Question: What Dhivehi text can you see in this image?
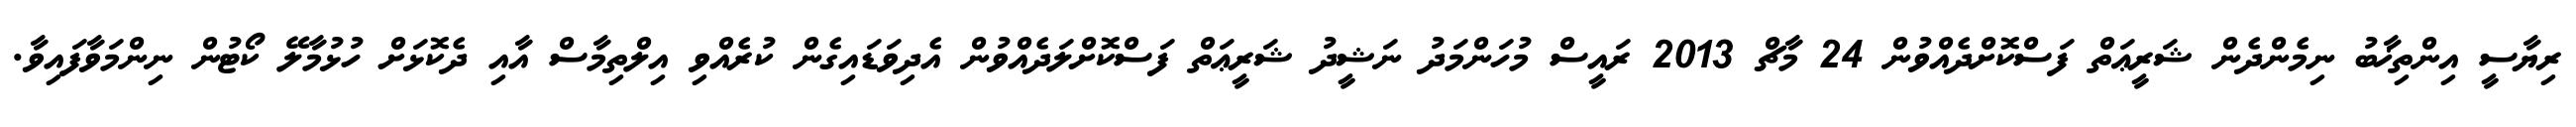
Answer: ރިޔާސީ އިންތިޚާބު ނިމެންދެން ޝަރީޢަތް ފަސްކޮށްދެއްވުން 24 މާޗް 2013 ރައީސް މުހަންމަދު ނަޝީދު ޝަރީޢަތް ފަސްކޮށްލަދެއްވުން އެދިވަޑައިގެން ކުރެއްވި އިލްތިމާސް އާއި ދެކޮޅަށް ހުޅުމާލޭ ކޯޓުން ނިންމަވާފައިވާ.